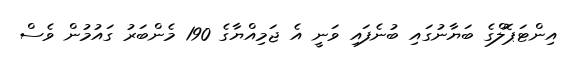
އިންޓަޕޮލްގެ ބަޔާނުގައި ބުނެފައި ވަނީ އެ ޖަމިއްޔާގެ 190 މެންބަރު ގައުމުން ވެސް